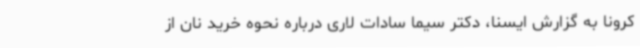
کرونا به گزارش ایسنا، دکتر سیما سادات لاری درباره نحوه خرید نان از